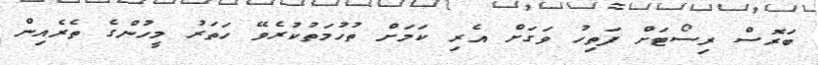
ބަރޮސް ރިސޯޓަށް ފަތިހު ވަގަށް އެރި ކަމަށް ތުހުމަތުކުރެވޭ ހަތަރު މީހުންގެ ތެރެއިން